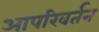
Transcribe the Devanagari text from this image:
आपरिवर्तन